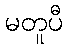
မတူပီ